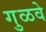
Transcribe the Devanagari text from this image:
गुळवे